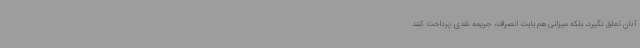
آنان تعلق نگیرد، بلکه میزانی هم بابت انصراف، جریمه نقدی پرداخت کنند